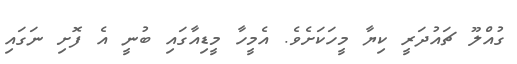
ގުއްލޫ ޗައުދަރީ ކިޔާ މީހަކަށެވެ. އެމީހާ މީޑިއާގައި ބުނީ އެ ފޮށި ނަގައި